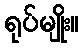
ရုပ်မျိုး။